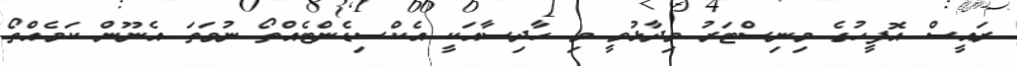
ރައީސް އޮފީހުގެ މިނިސްޓަރު ވިދާޅުވީ މި ހާދިސާއަކީ އެކްސިޑެންޓެއްތޯ ނުވަތަ އެނޫން ކަމެއްތޯ